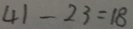
4 1 - 2 3 = 1 8